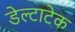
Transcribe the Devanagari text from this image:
डेल्टाटेक